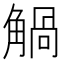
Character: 𧤐